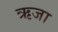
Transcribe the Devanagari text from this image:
ऋजा